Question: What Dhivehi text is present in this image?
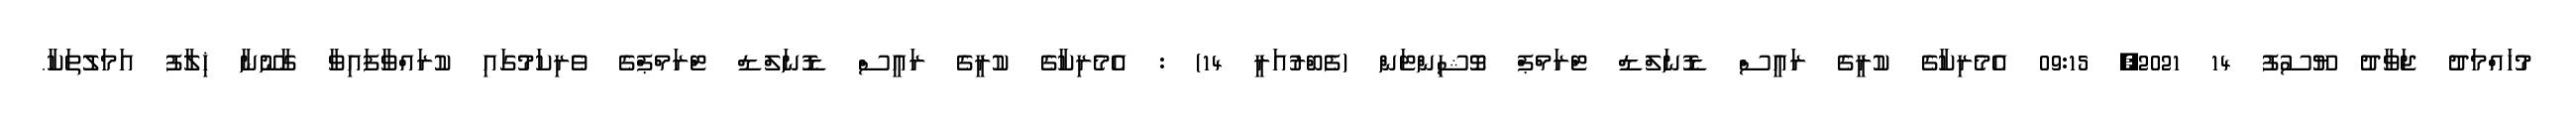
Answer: މުހައްމަދު ޖަވާދު ޔޫސުފު 14 2021, 09:15 އެމެރިކާގެ ކުރީގެ ރައީސް ޑޮނަލްޑް ޓްރަމްޕް ވޮޝިންޓަން (ފެބްރުއަރީ 14) : އެމެރިކާގެ ކުރީގެ ރައީސް ޑޮނަލްޑް ޓްރަމްޕްގެ ވެރިކަމުގައި ކުރައްވާފައިވާ ގާނޫނާ ޚިލާފު އަމަލުތަކާ.